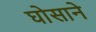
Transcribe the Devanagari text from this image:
घोसाने